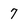
Character: 7